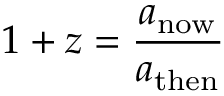
1 + z = { \frac { a _ { \mathrm { n o w } } } { a _ { \mathrm { t h e n } } } }